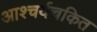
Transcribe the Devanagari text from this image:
आश्‍चर्यचकित